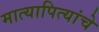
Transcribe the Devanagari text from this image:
मात्यापित्यांचे